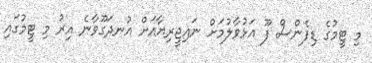
މި ޓީމުގެ ޑިފެންސް ފޫ އަޅުވާލުމަށް ނައިޖީރިޔާއަށް އުނދަގޫވާނެ އިރު މި ޓީމުގައި